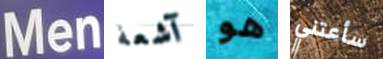
Men آشعة هو سأعتني